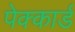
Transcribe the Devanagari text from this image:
पेक्कार्ड